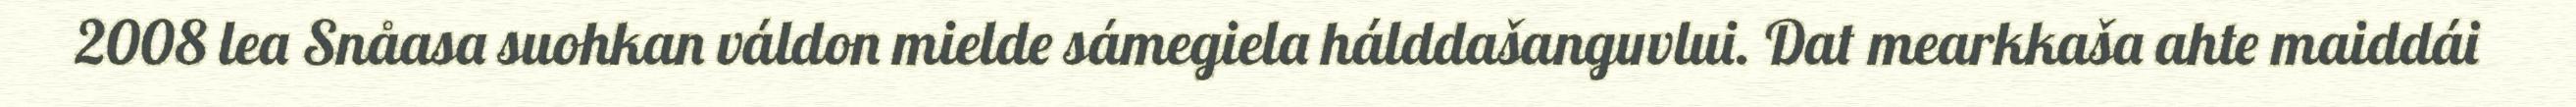
2008 lea Snåasa suohkan váldon mielde sámegiela hálddašanguvlui. Dat mearkkaša ahte maiddái